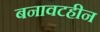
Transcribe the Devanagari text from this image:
बनावटहीन